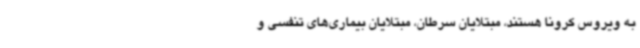
به ویروس کرونا هستند، مبتلایان سرطان، مبتلایان بیماری‌های تنفسی و